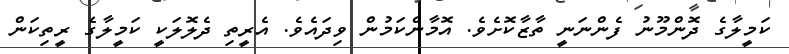
ކަމީލާގެ ދޮންމޫނު ފެންނަނީ ތާޒާކޮށެވެ. އޮމާންކަމުން ވިދައެވެ. އެރީތި ދެލޮލަކީ ކަމީލާގެ ރީތިކަން